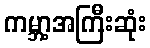
ကမ္ဘာ့အကြီးဆုံး